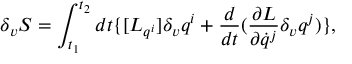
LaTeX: \delta _ { v } { S } = \int _ { t _ { 1 } } ^ { t _ { 2 } } d t \{ [ { L } _ { q ^ { i } } ] \delta _ { v } q ^ { i } + \frac { d } { d t } ( \frac { \partial { L } } { \partial \dot { q } ^ { j } } \delta _ { v } q ^ { j } ) \} ,